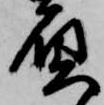
負